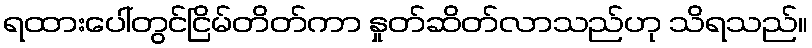
ရထားပေါ်တွင်ငြိမ်တိတ်ကာ နှုတ်ဆိတ်လာသည်ဟု သိရသည်။